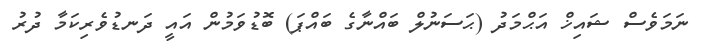
ނަމަވެސް ޝައިޚް އަޙްމަދު (ޙަސަނުލް ބައްނާގެ ބައްޕަ) ބޮޑުވަމުން އައީ ދަނޑުވެރިކަމާ ދުރު